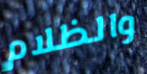
والظلام